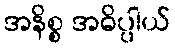
အနိစ္စ အဓိပ္ပါယ်